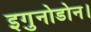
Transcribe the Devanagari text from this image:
इगु़नोडोन।